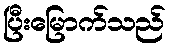
ပြီးမြောက်သည်